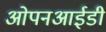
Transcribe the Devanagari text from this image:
ओपनआईडी